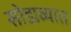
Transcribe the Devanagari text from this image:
सोडाव्यात